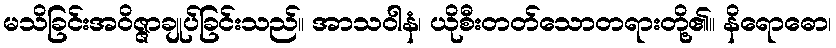
မသိခြင်းအဝိဇ္ဇာချုပ်ခြင်းသည်။ အာသဝါနံ၊ ယိုစီးတတ်သောတရားတို့၏။ နိရောဓော၊